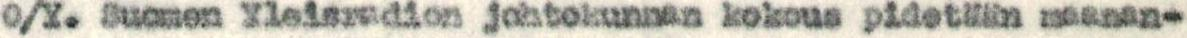
O/Y. Suomen Yleisradion johtokunnan kokous pidetään maanan-